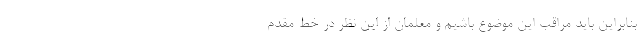
بنابراین باید مراقب این موضوع باشیم و معلمان از این نظر در خط مقدم